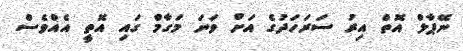
ނޭޕާލް އޮތް އިރު ސަރަހަދުގެ އަށް ވަނަ މަގާމް ގައި އޮތީ އެެއްވެސް